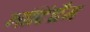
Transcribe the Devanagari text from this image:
नॉटिंघैम